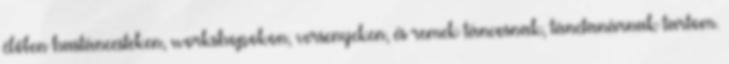
élőben hastáncesteken, workshopokon, versenyeken, és remek táncosnak, tánctanárnak tartom.